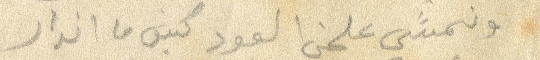
ونمشي علمن العود كيف ما اندار